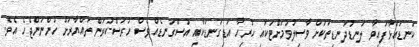
ކަނޑައަޅާފައިވާ ލަނޑުދަނޑިތަކަށް ވާސިލުވުމަށްޓަކައި ހުރިހާ އަޑިގަނޑަކާއި އުސްގަނޑެއްވެސް ހުރަސްކުރަން ތައްޔާރަށް ހުންނަންޖެހެ އެވެ.